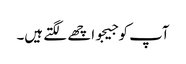
آپ کو جیجو اچھے لگتے ہیں۔